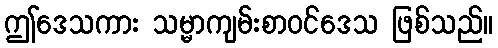
ဤဒေသကား သမ္မာကျမ်းစာဝင်ဒေသ ဖြစ်သည်။